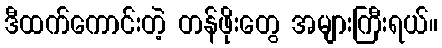
ဒီထက်ကောင်းတဲ့ တန်ဖိုးတွေ အများကြီးရယ်။